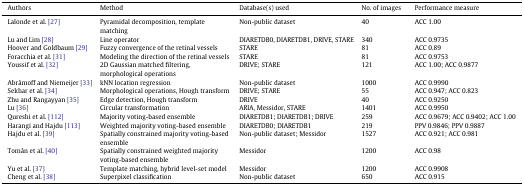
| Authors | Method | Database(s) used | No. of images | Performance measure |
 | --- | --- | --- | --- | --- |
 | Lalonde et al. [27] | Pyramidal decomposition, template matching | Non-public dataset | 40 | ACC 1.00 |
 | Lu and Lim [28] | Line operator | DIARETDB0, DIARETDB1, DRIVE, STARE | 340 | ACC 0.9735 |
 | Hoover and Goldbaum [29] | Fuzzy convergence of the retinal vessels | STARE | 81 | ACC 0.89 |
 | Foracchia et al. [31] | Modeling the direction of the retinal vessels | STARE | 81 | ACC 0.9753 |
 | Youssif et al. [32] | 2D Gaussian matched filtering, morphological operations | DRIVE; STARE | 121 | ACC 1.00; ACC 0.9877 |
 | Abràmoff and Niemeijer [33] | kNN location regression | Non-public dataset | 1000 | ACC 0.9990 |
 | Sekhar et al. [34] | Morphological operations, Hough transform | DRIVE; STARE | 55 | ACC 0.947; ACC 0.823 |
 | Zhu and Rangayyan [35] | Edge detection, Hough transform | DRIVE | 40 | ACC 0.9250 |
 | Lu [36] | Circular transformation | ARIA, Messidor, STARE | 1401 | ACC 0.9950 |
 | Qureshi et al. [112] | Majority voting-based ensemble | DIARETDB1; DIARETDB1; DRIVE | 259 | ACC 0.9679; ACC 0.9402; ACC 1.00 |
 | Harangi and Hajdu [113] | Weighted majority voting-based ensemble | DIARETDB0; DIARETDB1 | 219 | PPV 0.9846; PPV 0.9887 |
 | Hajdu et al. [39] | Spatially constrained majority voting-based ensemble | Non-public dataset; Messidor | 1527 | ACC 0.921; ACC 0.981 |
 | Tomán et al. [40] | Spatially constrained weighted majority voting-based ensemble | Messidor | 1200 | ACC 0.98 |
 | Yu et al. [37] | Template matching, hybrid level-set model | Messidor | 1200 | ACC 0.9908 |
 | Cheng et al. [38] | Superpixel classification | Non-public dataset | 650 | ACC 0.915 |